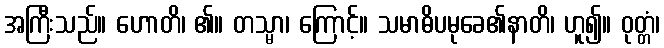
အကြီးသည်။ ဟောတိ၊ ၏။ တသ္မာ၊ ကြောင့်။ သမာဓိပမုခေ၏နာတိ၊ ဟူ၍။ ဝုတ္တံ၊